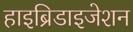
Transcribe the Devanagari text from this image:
हाइब्रिडाइजेशन